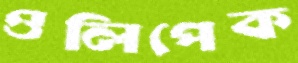
ওলিপেক